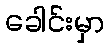
ခေါင်းမှာ